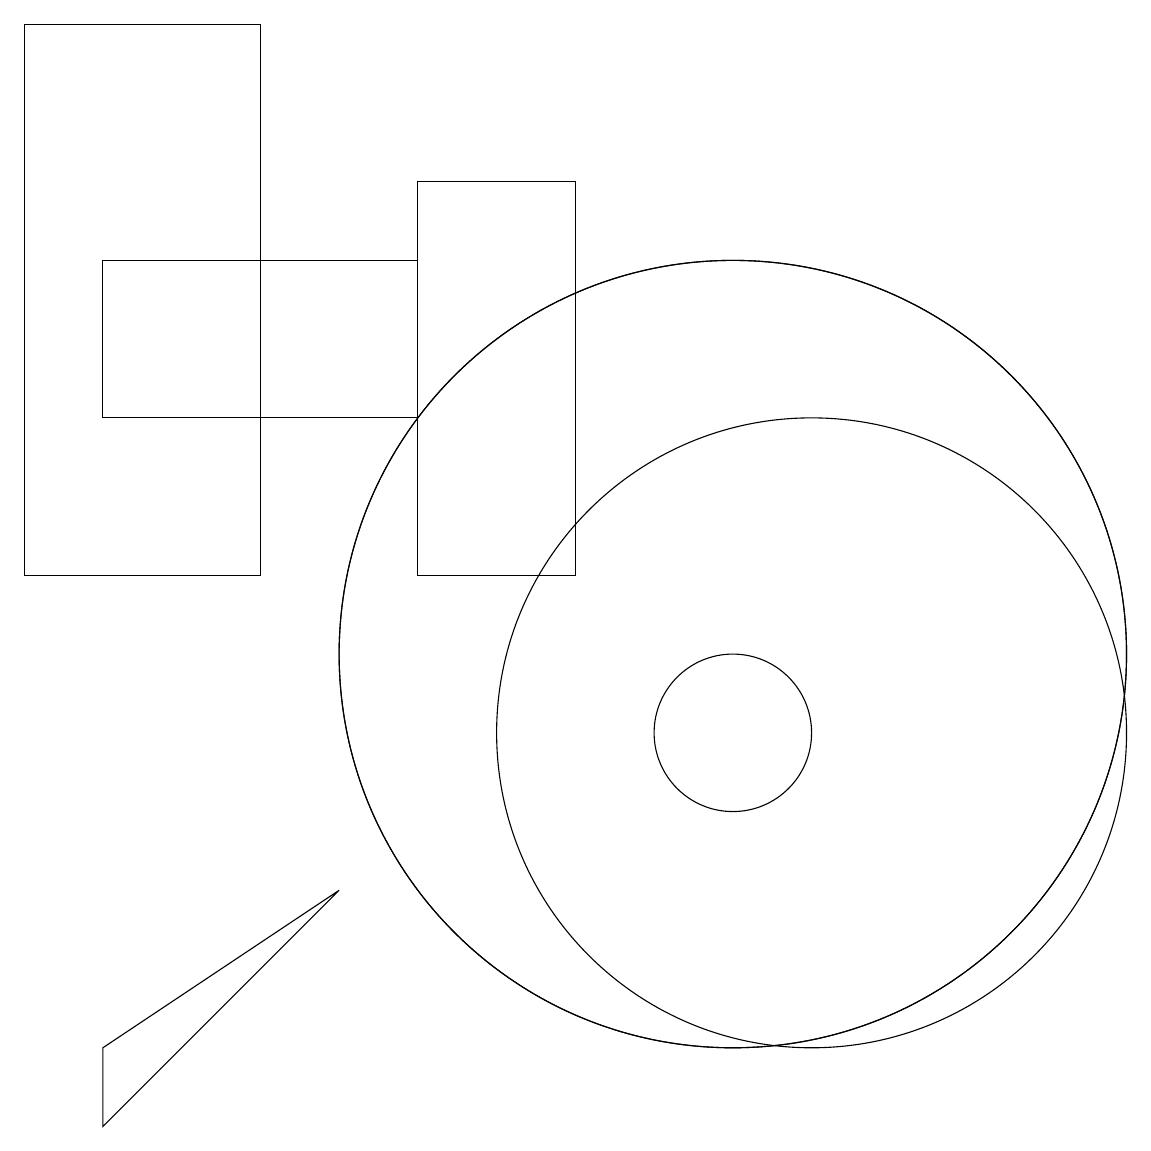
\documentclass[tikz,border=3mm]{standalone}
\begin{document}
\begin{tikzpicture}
\draw (10,11) circle (5);
\draw (5,8) -- (2,5) -- (2,6) -- cycle;
\draw (11,10) circle (4);
\draw (8,17) rectangle (6,12);
\draw (10,10) circle (1);
\draw (1,19) rectangle (4,12);
\draw (2,14) rectangle (6,16);
\draw (10,11) circle (5);
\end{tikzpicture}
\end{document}